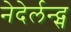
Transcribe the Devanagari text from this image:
नेदेर्लन्द्स